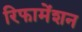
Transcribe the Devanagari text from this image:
रिफामेंशन